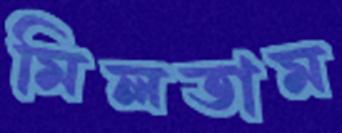
মিলতাম